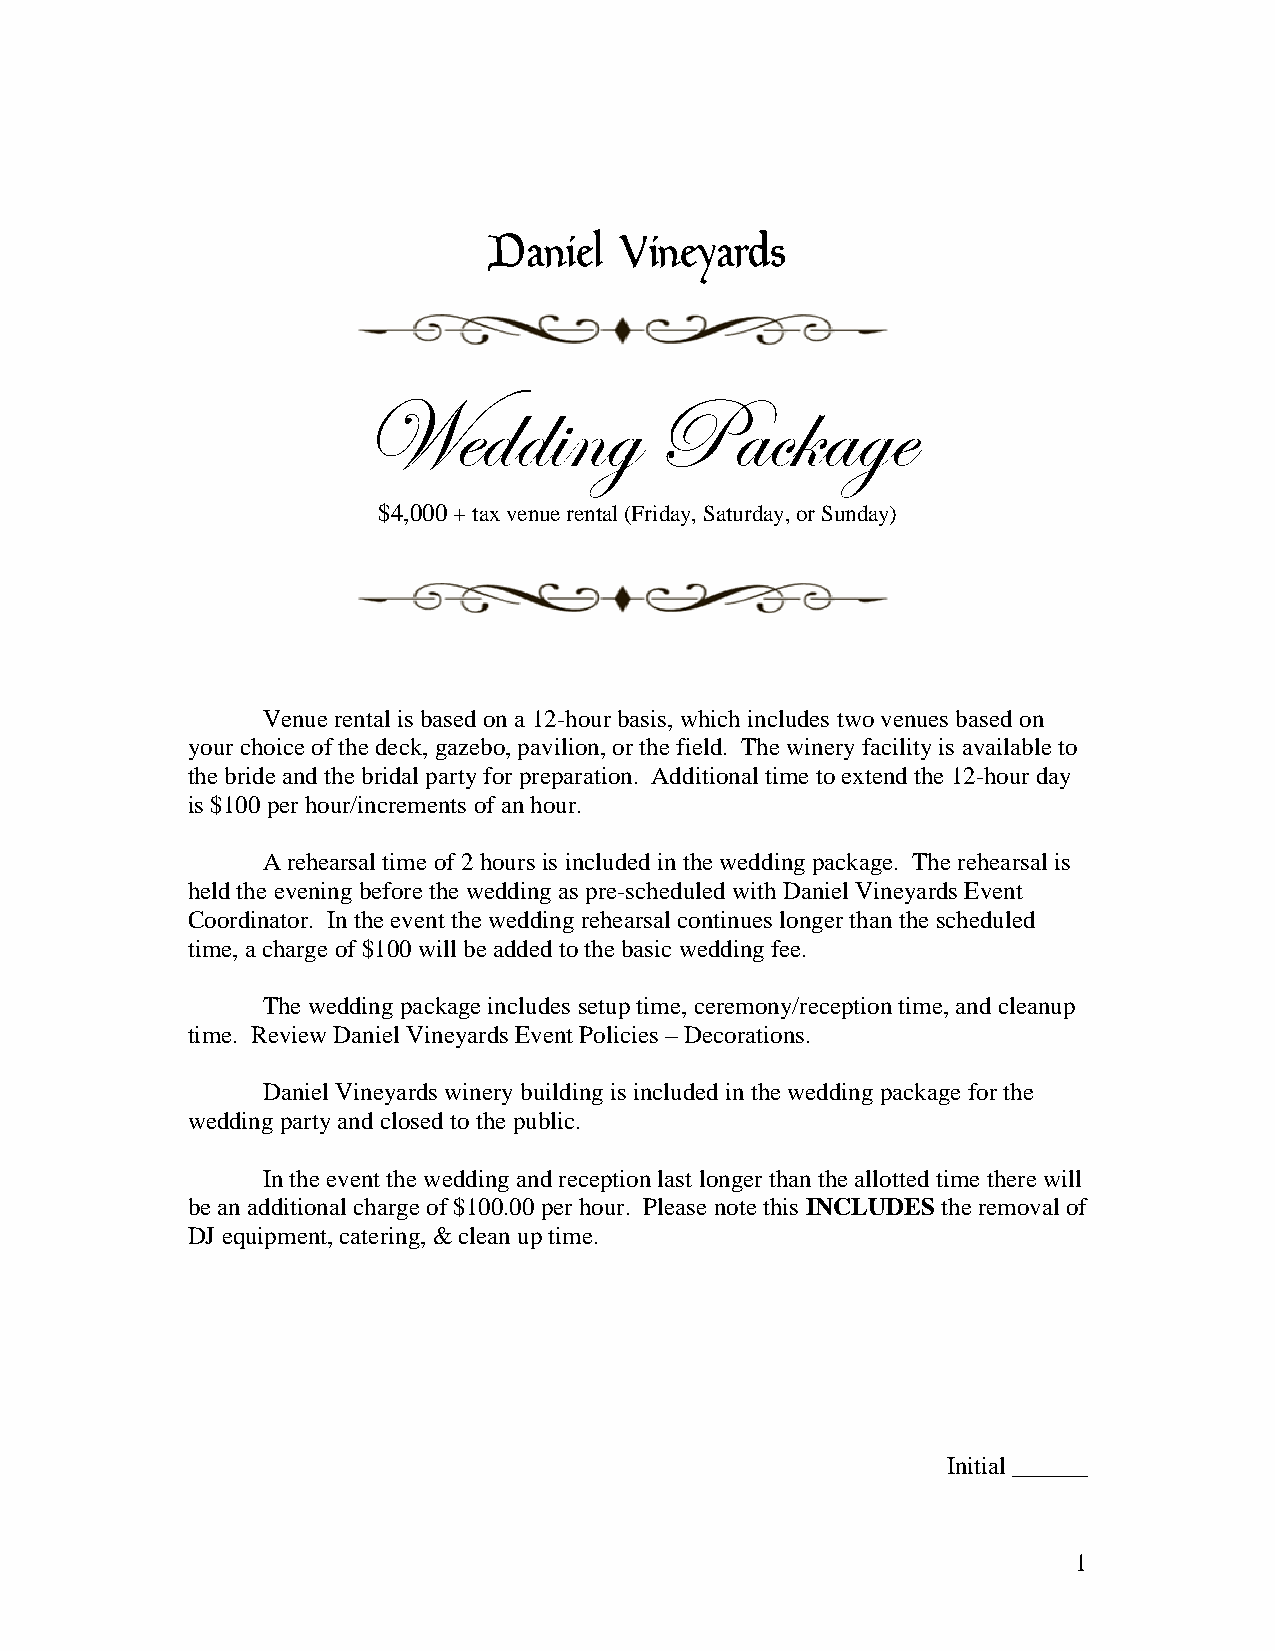
Daniel   Vineyards
 Wedding            Package
 $4,000 + tax venue rental (Friday, Saturday, or Sunday)
 Venue rental is based on a 12-hour basis, which includes two venues based on
 your choice of the deck, gazebo, pavilion, or the field. The winery facility is available to
 the bride and the bridal party for preparation. Additional time to extend the 12-hour day
 is $100 per hour/increments of an hour.
 A rehearsal time of 2 hours is included in the wedding package. The rehearsal is
 held the evening before the wedding as pre-scheduled with Daniel Vineyards Event
 Coordinator. In the event the wedding rehearsal continues longer than the scheduled
 time, a charge of $100 will be added to the basic wedding fee.
 The wedding package includes setup time, ceremony/reception time, and cleanup
 time. Review Daniel Vineyards Event Policies – Decorations.
 Daniel Vineyards winery building is included in the wedding package for the
 wedding party and closed to the public.
 In the event the wedding and reception last longer than the allotted time there will
 be an additional charge of $100.00 per hour. Please note this INCLUDES the removal of
 DJ equipment, catering, & clean up time.
 Initial ______
 1